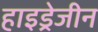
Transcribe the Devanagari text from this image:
हाइड्रेजीन